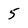
Character: 5